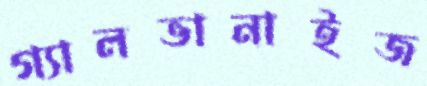
গ্যালভানাইজ